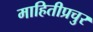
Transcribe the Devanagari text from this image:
माहितीप्रचुर